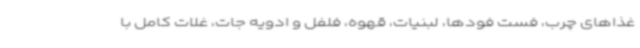
غذاهای چرب، فست فودها، لبنیات، قهوه، فلفل و ادویه جات، غلات کامل با